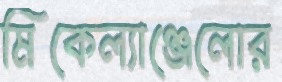
মিকেল্যাঞ্জেলোর